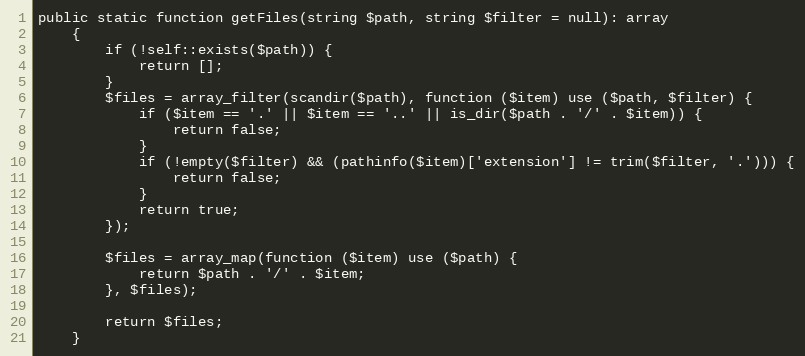
Language: PHP
public static function getFiles(string $path, string $filter = null): array
    {
        if (!self::exists($path)) {
            return [];
        }
        $files = array_filter(scandir($path), function ($item) use ($path, $filter) {
            if ($item == '.' || $item == '..' || is_dir($path . '/' . $item)) {
                return false;
            }
            if (!empty($filter) && (pathinfo($item)['extension'] != trim($filter, '.'))) {
                return false;
            }
            return true;
        });

        $files = array_map(function ($item) use ($path) {
            return $path . '/' . $item;
        }, $files);

        return $files;
    }